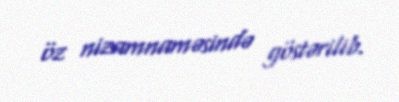
öz nizamnaməsində göstərilib.